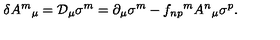
\delta A ^ { m } { } _ { \mu } = { \cal D } _ { \mu } \sigma ^ { m } = \partial _ { \mu } \sigma ^ { m } - f _ { n p } { } ^ { m } A ^ { n } { } _ { \mu } \sigma ^ { p } .